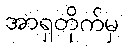
အာရှတိုက်မှ